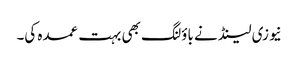
نیوزی لینڈ نے باؤلنگ بھی بہت عمدہ کی۔